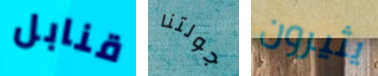
قنابل جولتنا يثيرون